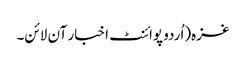
غزہ(اُردو پوائنٹ اخبار آن لائن۔